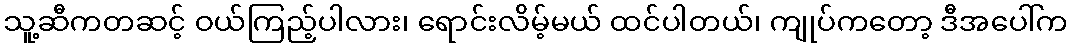
သူ့ဆီကတဆင့် ဝယ်ကြည့်ပါလား၊ ရောင်းလိမ့်မယ် ထင်ပါတယ်၊ ကျုပ်ကတော့ ဒီအပေါ်က